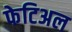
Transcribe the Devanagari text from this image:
फेटिअल